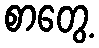
စာတွေ့